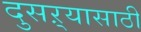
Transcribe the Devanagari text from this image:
दुसऱ्यासाठी